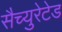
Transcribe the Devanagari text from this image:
सैच्युरेटेड